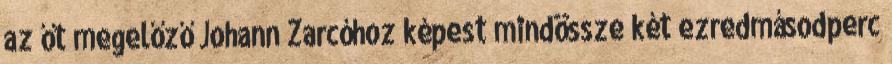
az őt megelőző Johann Zarcóhoz képest mindössze két ezredmásodperc